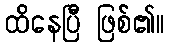
ထိနေပြီ ဖြစ်၏။